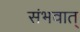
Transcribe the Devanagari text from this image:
संभवात्‌